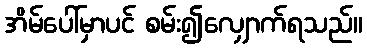
အိမ်ပေါ်မှာပင် စမ်း၍လျှောက်ရသည်။